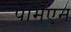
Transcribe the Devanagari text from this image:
पर्मिएन